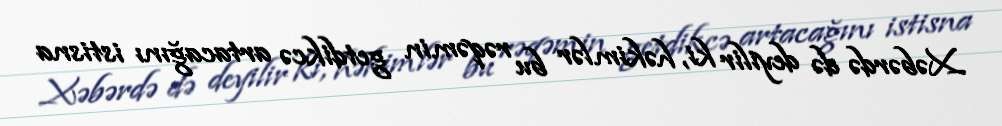
Xəbərdə də deyilir ki, həkimlər bu rəqəmin getdikcə artacağını istisna